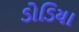
ડોડિયા